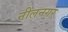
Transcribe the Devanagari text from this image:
नीलनगर